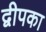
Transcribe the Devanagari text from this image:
द्वीपका